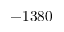
- 1 3 8 0